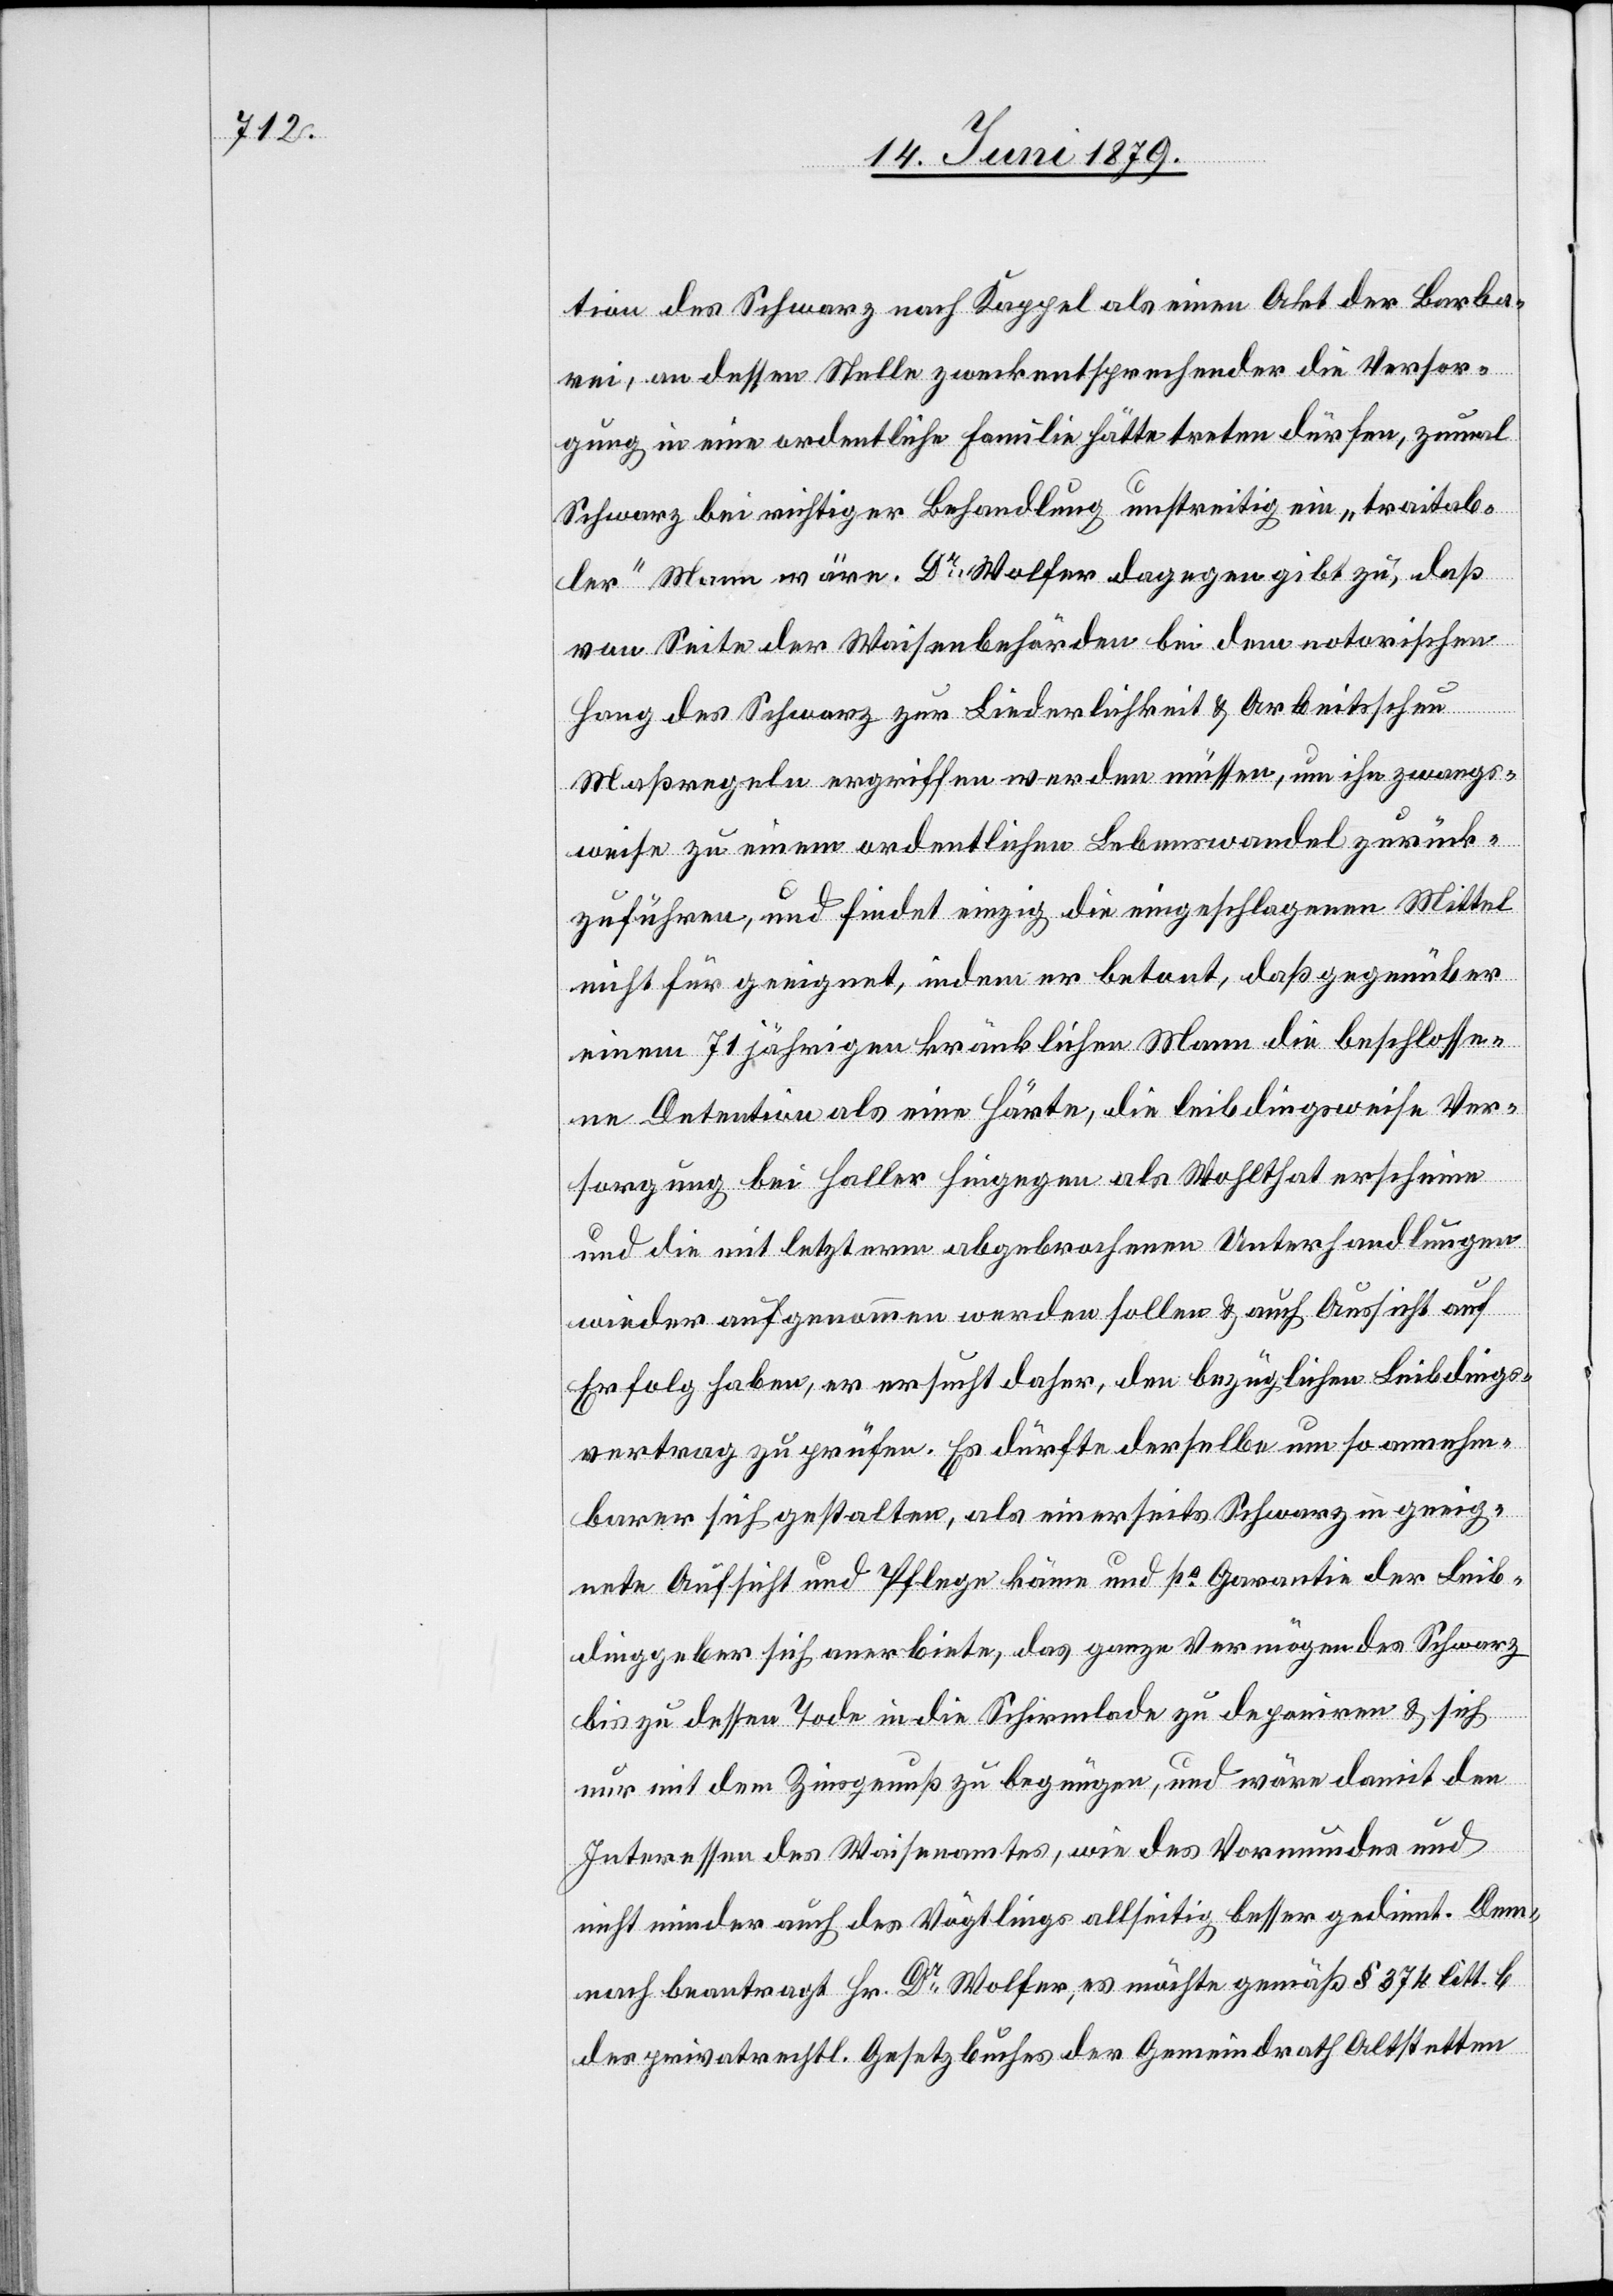
tion des Schwarz nach Kappel als einen Akt der Barba¬
rei, an dessen Stelle zweckentsprechender die Versor¬
gung in eine ordentliche Familie hätte treten dürfen, zumal
Schwarz bei richtiger Behandlung unstreitig ein „traitab¬
ler“ Mann wäre. Dr Wolfer dagegen gibt zu, daß
von Seite der Waisenbehörden bei dem notorischen
Hang des Schwarz zur Liederlichkeit & Arbeitsscheu
Maßregeln ergriffen werden müssen, um ihn zwangs¬
weise zu einem ordentlichen Lebenswandel zurück¬
zuführen, und findet einzig die eingeschlagenen Mittel
nicht für geeignet, indem er betont, daß gegenüber
einem 71jährigen kränklichen Mann die beschlosse¬
ne Detention als eine Härte, die leibdingsweise Ver¬
sorgung bei Haller hingegen als Wohlthat erscheine
und die mit letzterm abgebrochenen Unterhandlungen
wieder aufgenommen werden sollen & auch Aussicht auf
Erfolg haben, er ersucht daher, den bezüglichen Leibdings¬
vertrag zu prüfen. Es dürfte derselbe um so annehm¬
barer sich gestalten, als einerseits Schwarz in geeig¬
nete Aufsicht und Pflege käme und po Garantie der Leib¬
dinggeber sich anerbiete, das ganze Vermögen des Schwarz
bis zu dessen Tode in die Schirmlade zu deponiren & sich
nur mit dem Zinsgenuß zu begnügen, und wäre damit den
Interessen des Waisenamtes, wie des Vormundes und
nicht minder auch des Vögtlings allseitig besser gedient. Dem¬
nach beantragt Hr. Dr Wolfer, es möchte gemäß § 374 litt. b
des privatrechtl. Gesetzbuches der Gemeindrath Altstetten